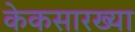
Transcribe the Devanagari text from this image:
केकसारख्या